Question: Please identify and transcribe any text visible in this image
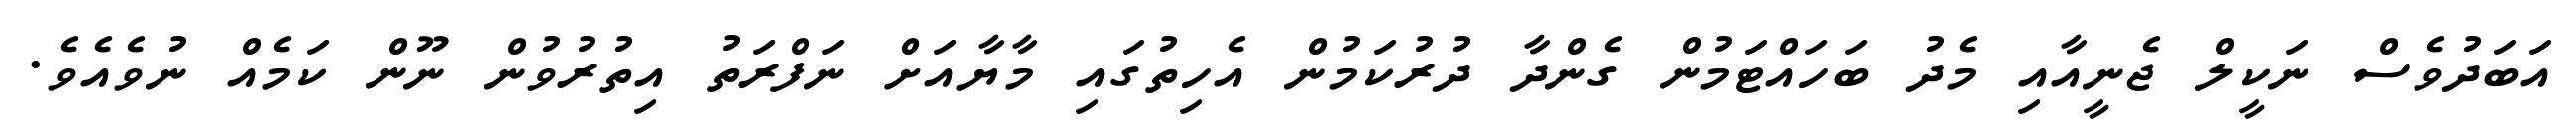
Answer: އަބަދުވެސް ނަކީލް ޖެނީއާއި މެދު ބަހައްޓަމުން ގެންދާ ދުރުކަމުން އެހިތުގައި މާޔާއަށް ނަފްރަތު އިތުރުވުން ނޫން ކަމެއް ނުވެއެވެ.